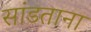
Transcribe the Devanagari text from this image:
सांडताना